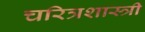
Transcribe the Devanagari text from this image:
चरित्रशास्त्री